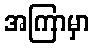
အကြာမှာ